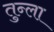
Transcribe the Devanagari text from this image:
तुन्ला